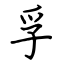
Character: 孚